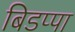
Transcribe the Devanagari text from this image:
बिडप्पा